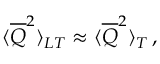
\langle \overline { { { Q } } } ^ { 2 } \rangle _ { L T } \approx \langle \overline { { { Q } } } ^ { 2 } \rangle _ { T } \, ,